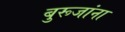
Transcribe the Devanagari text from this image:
बुरूजांना